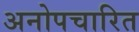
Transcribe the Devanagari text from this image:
अनोपचारित